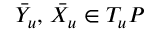
\bar { Y } _ { u } , \, \bar { X } _ { u } \in T _ { u } P